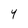
Character: Y